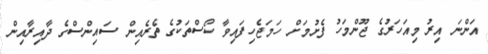
އަންނަ އިރު މިއަހަރުގެ ޖޫންމަހު ފެށުމަށް ހަމަޖެހިފައިވާ ކޯސްތަކުގެ ތެރެއިން ސައިންސްގެ ދާއިރާއިން